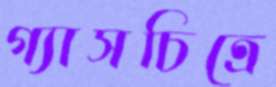
গ্যাসচিত্রে